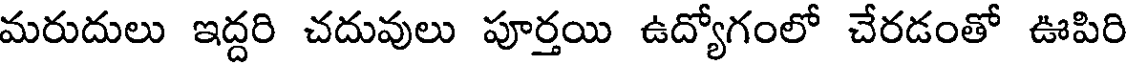
మరుదులు ఇద్దరి చదువులు పూర్తయి ఉద్యోగంలో చేరడంతో ఊపిరి